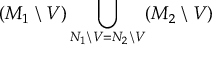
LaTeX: ( M _ { 1 } \setminus V ) \bigcup _ { N _ { 1 } \setminus V = N _ { 2 } \setminus V } ( M _ { 2 } \setminus V )